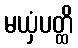
မယှံပတ္ထိ